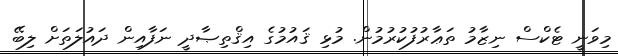
މިވަނީ ޓެކްސް ނިޒާމު ތަޢާރުފުކުރުމުން. މުޅި ޤައުމުގެ އިޤްތިޞާދީ ނަފާއިން ދައުލަތަށް ލިބޭ